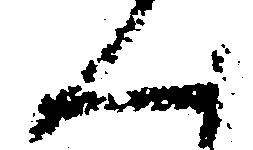
ん